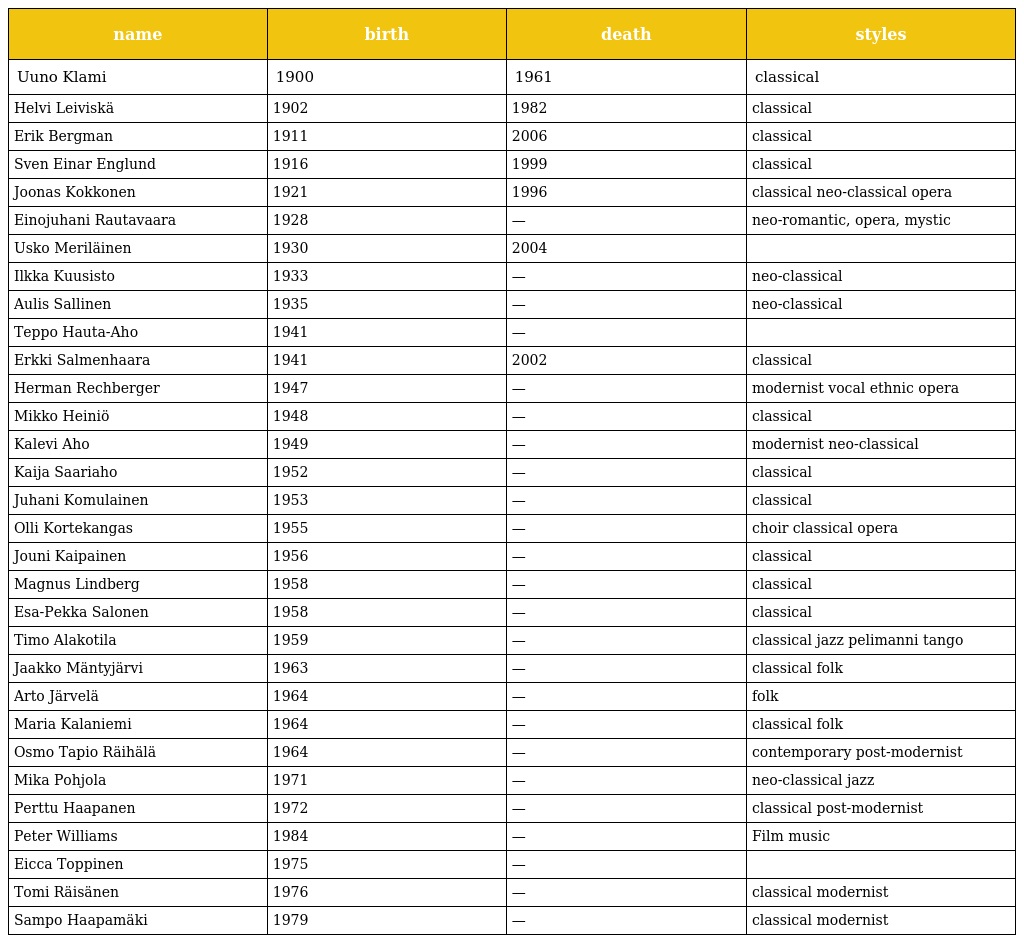
| name | birth | death | styles |
 | --- | --- | --- | --- |
 | Uuno Klami | 1900 | 1961 | classical |
 | Helvi Leiviskä | 1902 | 1982 | classical |
 | Erik Bergman | 1911 | 2006 | classical |
 | Sven Einar Englund | 1916 | 1999 | classical |
 | Joonas Kokkonen | 1921 | 1996 | classical neo-classical opera |
 | Einojuhani Rautavaara | 1928 | — | neo-romantic, opera, mystic |
 | Usko Meriläinen | 1930 | 2004 |  |
 | Ilkka Kuusisto | 1933 | — | neo-classical |
 | Aulis Sallinen | 1935 | — | neo-classical |
 | Teppo Hauta-Aho | 1941 | — |  |
 | Erkki Salmenhaara | 1941 | 2002 | classical |
 | Herman Rechberger | 1947 | — | modernist vocal ethnic opera |
 | Mikko Heiniö | 1948 | — | classical |
 | Kalevi Aho | 1949 | — | modernist neo-classical |
 | Kaija Saariaho | 1952 | — | classical |
 | Juhani Komulainen | 1953 | — | classical |
 | Olli Kortekangas | 1955 | — | choir classical opera |
 | Jouni Kaipainen | 1956 | — | classical |
 | Magnus Lindberg | 1958 | — | classical |
 | Esa-Pekka Salonen | 1958 | — | classical |
 | Timo Alakotila | 1959 | — | classical jazz pelimanni tango |
 | Jaakko Mäntyjärvi | 1963 | — | classical folk |
 | Arto Järvelä | 1964 | — | folk |
 | Maria Kalaniemi | 1964 | — | classical folk |
 | Osmo Tapio Räihälä | 1964 | — | contemporary post-modernist |
 | Mika Pohjola | 1971 | — | neo-classical jazz |
 | Perttu Haapanen | 1972 | — | classical post-modernist |
 | Peter Williams | 1984 | — | Film music |
 | Eicca Toppinen | 1975 | — |  |
 | Tomi Räisänen | 1976 | — | classical modernist |
 | Sampo Haapamäki | 1979 | — | classical modernist |